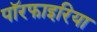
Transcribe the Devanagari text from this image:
पॉरफाइरिया